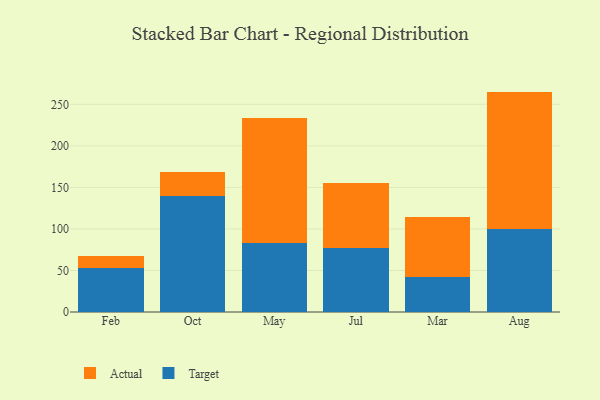
{"axis": {"x": "Month", "y": "Gross Profit (USD K)"}, "legend": ["Actual", "Target"], "data": [{"x": "Feb", "y": 53.5, "type": "Target"}, {"x": "Feb", "y": 13.4, "type": "Actual"}, {"x": "Oct", "y": 139.3, "type": "Target"}, {"x": "Oct", "y": 29.1, "type": "Actual"}, {"x": "May", "y": 82.7, "type": "Target"}, {"x": "May", "y": 151.4, "type": "Actual"}, {"x": "Jul", "y": 77.3, "type": "Target"}, {"x": "Jul", "y": 78.5, "type": "Actual"}, {"x": "Mar", "y": 41.7, "type": "Target"}, {"x": "Mar", "y": 73.0, "type": "Actual"}, {"x": "Aug", "y": 99.5, "type": "Target"}, {"x": "Aug", "y": 165.8, "type": "Actual"}]}